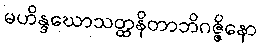
မဟိန္ဒဃောသတ္ထနိတာဘိဂဇ္ဇိနော